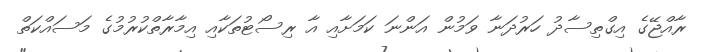
ރާއްޖޭގެ އިގްތިސާދު ހަރުދަނާ ވަމުން އަންނަ ކަމަށާއި އާ ރިސޯޓުތަކާއި އިމާރާތްކުރުމުގެ މަސައްކަތް